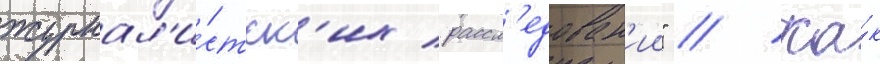
журнал'и́стск'их рассл'едован'ии" // Ка́к